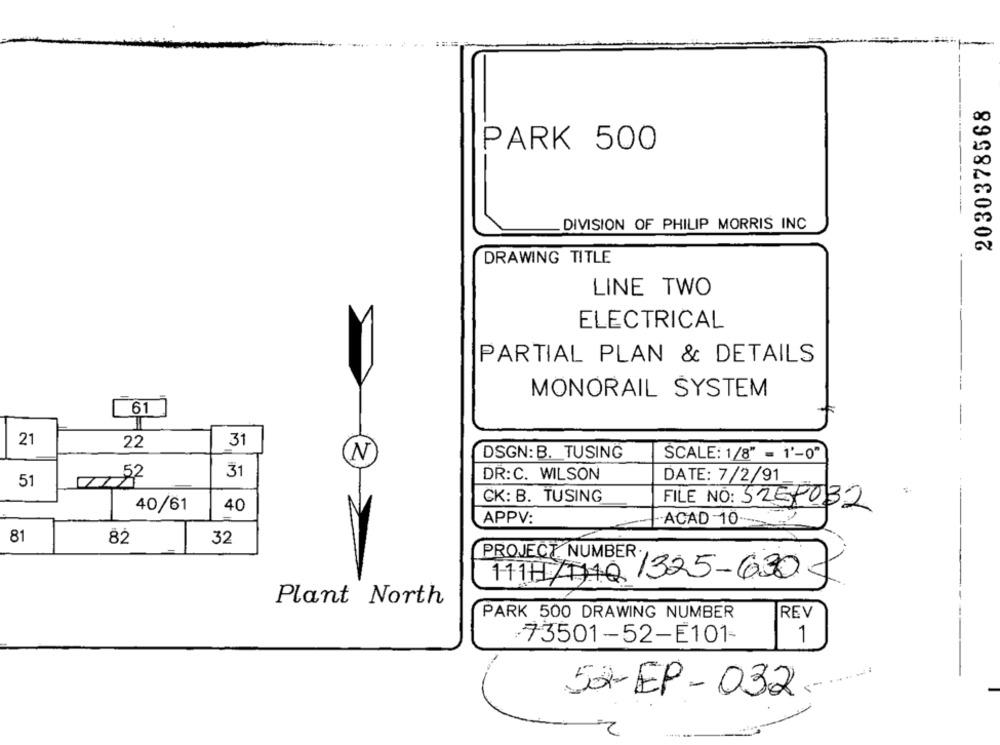
2030378568
PARK 500
DIVISION OF PHILIP MORRIS INC
DRAWING TITLE
LINE TWO
ELECTRICAL
PARTIAL PLAN & DETAILS
MONORAIL SYSTEM
61
21
22
31
DSGN: B. TUSING
N
SCALE: 1/8" = 1'-0"
31
DR:C. WILSON
51
DATE: 7/2/91
CK: B. TUSING
40
FILE NO: 5251032
40/61
APPV:
-ACAD -10
81
82
32
PROJECT. NUMBER.
1111/1140325-630
Plant North
PARK 500 DRAWING NUMBER
REV
73501-52-5101-
SOEP-032